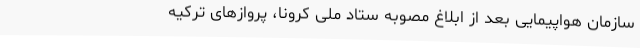
سازمان هواپیمایی بعد از ابلاغ مصوبه ستاد ملی کرونا، پروازهای ترکیه